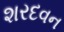
શરદવન